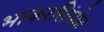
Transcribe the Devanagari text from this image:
भाकरसिंघोत